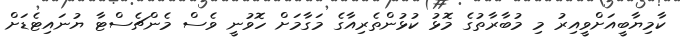
ކާމިޔާބީއަށްވީއިރު މި މުބާރާތުގެ މޮޅު ކުޅުންތެރިއާގެ މަގާމަށް ހޮވުނީ ވެސް މެންޗެސްޓާ ޔުނައިޓެޑަށް